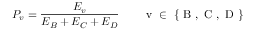
P _ { v } = \frac { E _ { v } } { E _ { B } + E _ { C } + E _ { D } } \qquad \mathrm { ~ v ~ \in ~ \{ ~ B ~ , ~ C ~ , ~ D ~ \} ~ }